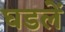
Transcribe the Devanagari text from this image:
घडलें